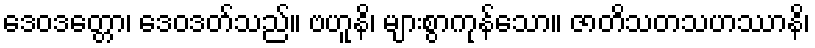
ဒေဝဒတ္တော၊ ဒေဝဒတ်သည်။ ဗဟူနိ၊ များစွာကုန်သော။ ဇာတိသတသဟဿာနိ၊